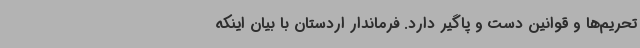
تحریم‌ها و قوانین دست و پاگیر دارد. فرماندار اردستان با بیان اینکه